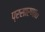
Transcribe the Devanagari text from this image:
प्रसारणात